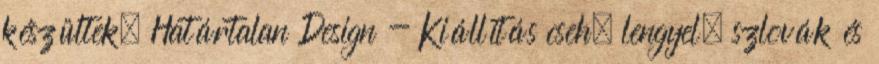
készültek. Határtalan Design - Kiállítás cseh, lengyel, szlovák és